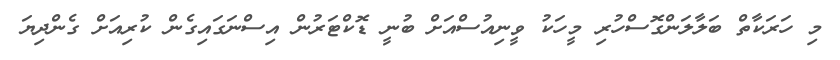
މި ހަރަކާތް ބަލާލަންގޮސްހުރި މީހަކު ވީނިއުސްއަށް ބުނީ ޑޮކްޓަރުން އިސްނަގައިގެން ކުރިއަށް ގެންދިޔަ